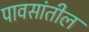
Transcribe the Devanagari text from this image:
पावसांतील